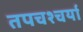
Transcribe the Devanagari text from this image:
तपचश्चर्या